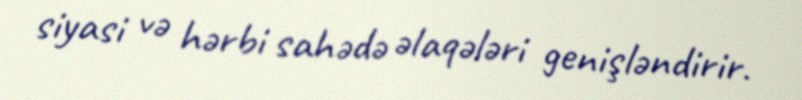
siyasi və hərbi sahədə əlaqələri genişləndirir.